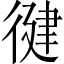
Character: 徤